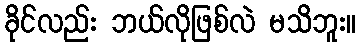
ခိုင်လည်း ဘယ်လိုဖြစ်လဲ မသိဘူး။